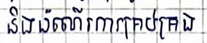
និងដំណើរការគ្រប់គ្រង